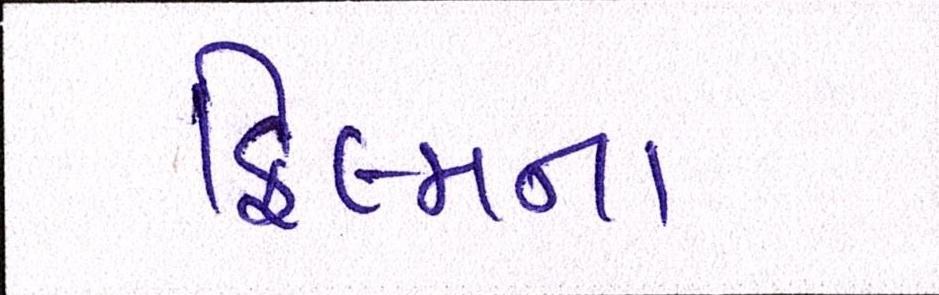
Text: ફિલ્મના